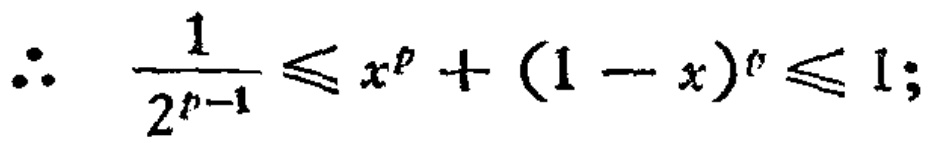
\[\therefore \quad \frac{1}{2^{p - 1}} \leqslant x^{p}+(1 - x)^{p} \leqslant 1;\]